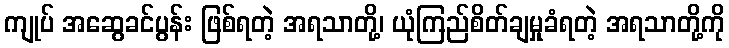
ကျုပ် အဆွေခင်ပွန်း ဖြစ်ရတဲ့ အရသာတို့၊ ယုံကြည်စိတ်ချမှုခံရတဲ့ အရသာတို့ကို